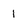
Character: 1